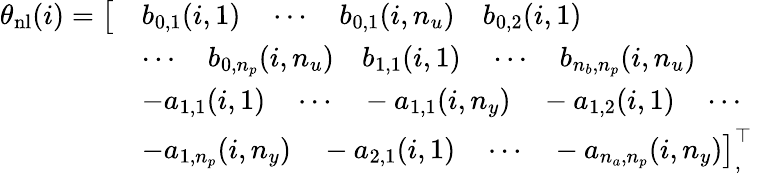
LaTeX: \begin{array}{rl}{\theta_{\mathrm{nl}}(i)=\big[}&{b_{0,1}(i,1)\quad\cdots\quad b_{0,1}(i,n_{u})\quad b_{0,2}(i,1)\quad}\\ &{\cdots\quad b_{0,n_{p}}(i,n_{u})\quad b_{1,1}(i,1)\quad\cdots\quad b_{n_{b},n_{p}}(i,n_{u})}\\ &{-a_{1,1}(i,1)\quad\cdots\quad-a_{1,1}(i,n_{y})\quad-a_{1,2}(i,1)\quad\cdots\quad}\\ &{-a_{1,n_{p}}(i,n_{y})\quad-a_{2,1}(i,1)\quad\cdots\quad-a_{n_{a},n_{p}}(i,n_{y})\big]_{,}^{\top}}\end{array}